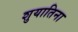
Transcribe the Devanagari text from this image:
शुयातिना